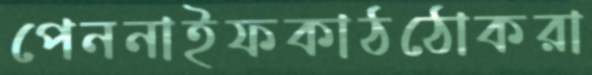
পেননাইফকাঠঠোকরা